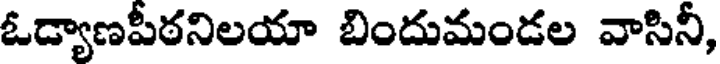
ఓడ్యాణపీఠనిలయా బిందుమండల వాసినీ,